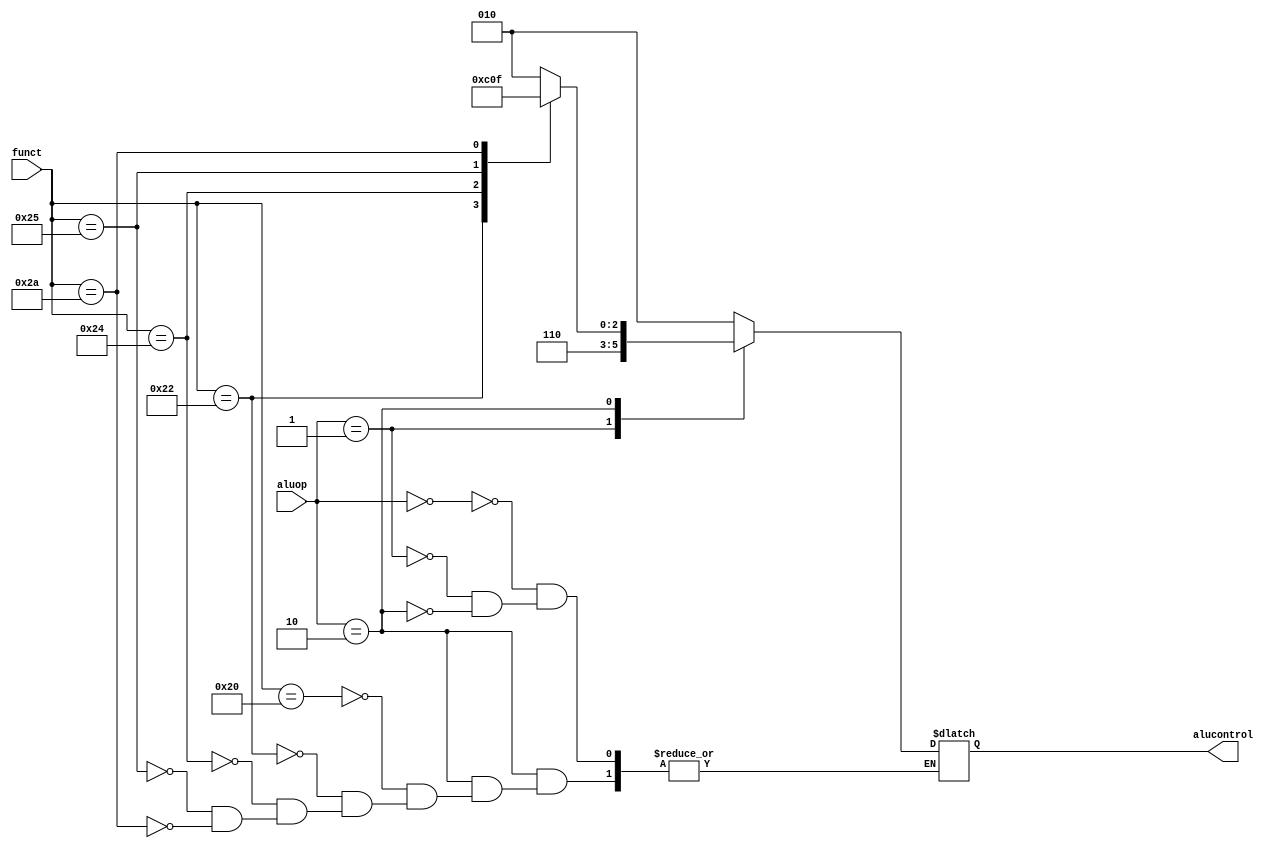
module alucontrol(input [1:0] aluop, 
                  input [5:0] funct, 
                  output reg [2:0] alucontrol 
                  );
   parameter ADD = 6'b100000;
   parameter SUB = 6'b100010;
   parameter AND = 6'b100100;
   parameter OR  = 6'b100101;
   parameter SLT = 6'b101010;
   always @(*)
     case (aluop) 
       2'b00: alucontrol = 3'b010; 
       2'b01: alucontrol = 3'b110; 
       2'b10: case (funct) 
                ADD: alucontrol = 3'b010; 
                SUB: alucontrol = 3'b110; 
                AND: alucontrol = 3'b000; 
                OR:  alucontrol = 3'b001; 
                SLT: alucontrol = 3'b111; 
              endcase 
     endcase 
endmodule